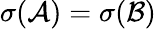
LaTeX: \sigma({\mathcal{A}})=\sigma({\mathcal{B}})